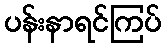
ပန်းနာရင်ကြပ်